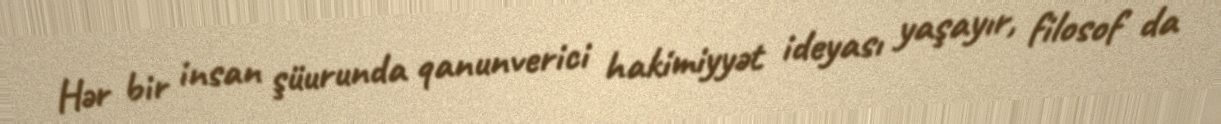
Hər bir insan şüurunda qanunverici hakimiyyət ideyası yaşayır, filosof da